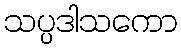
သပ္ပဒါသကော